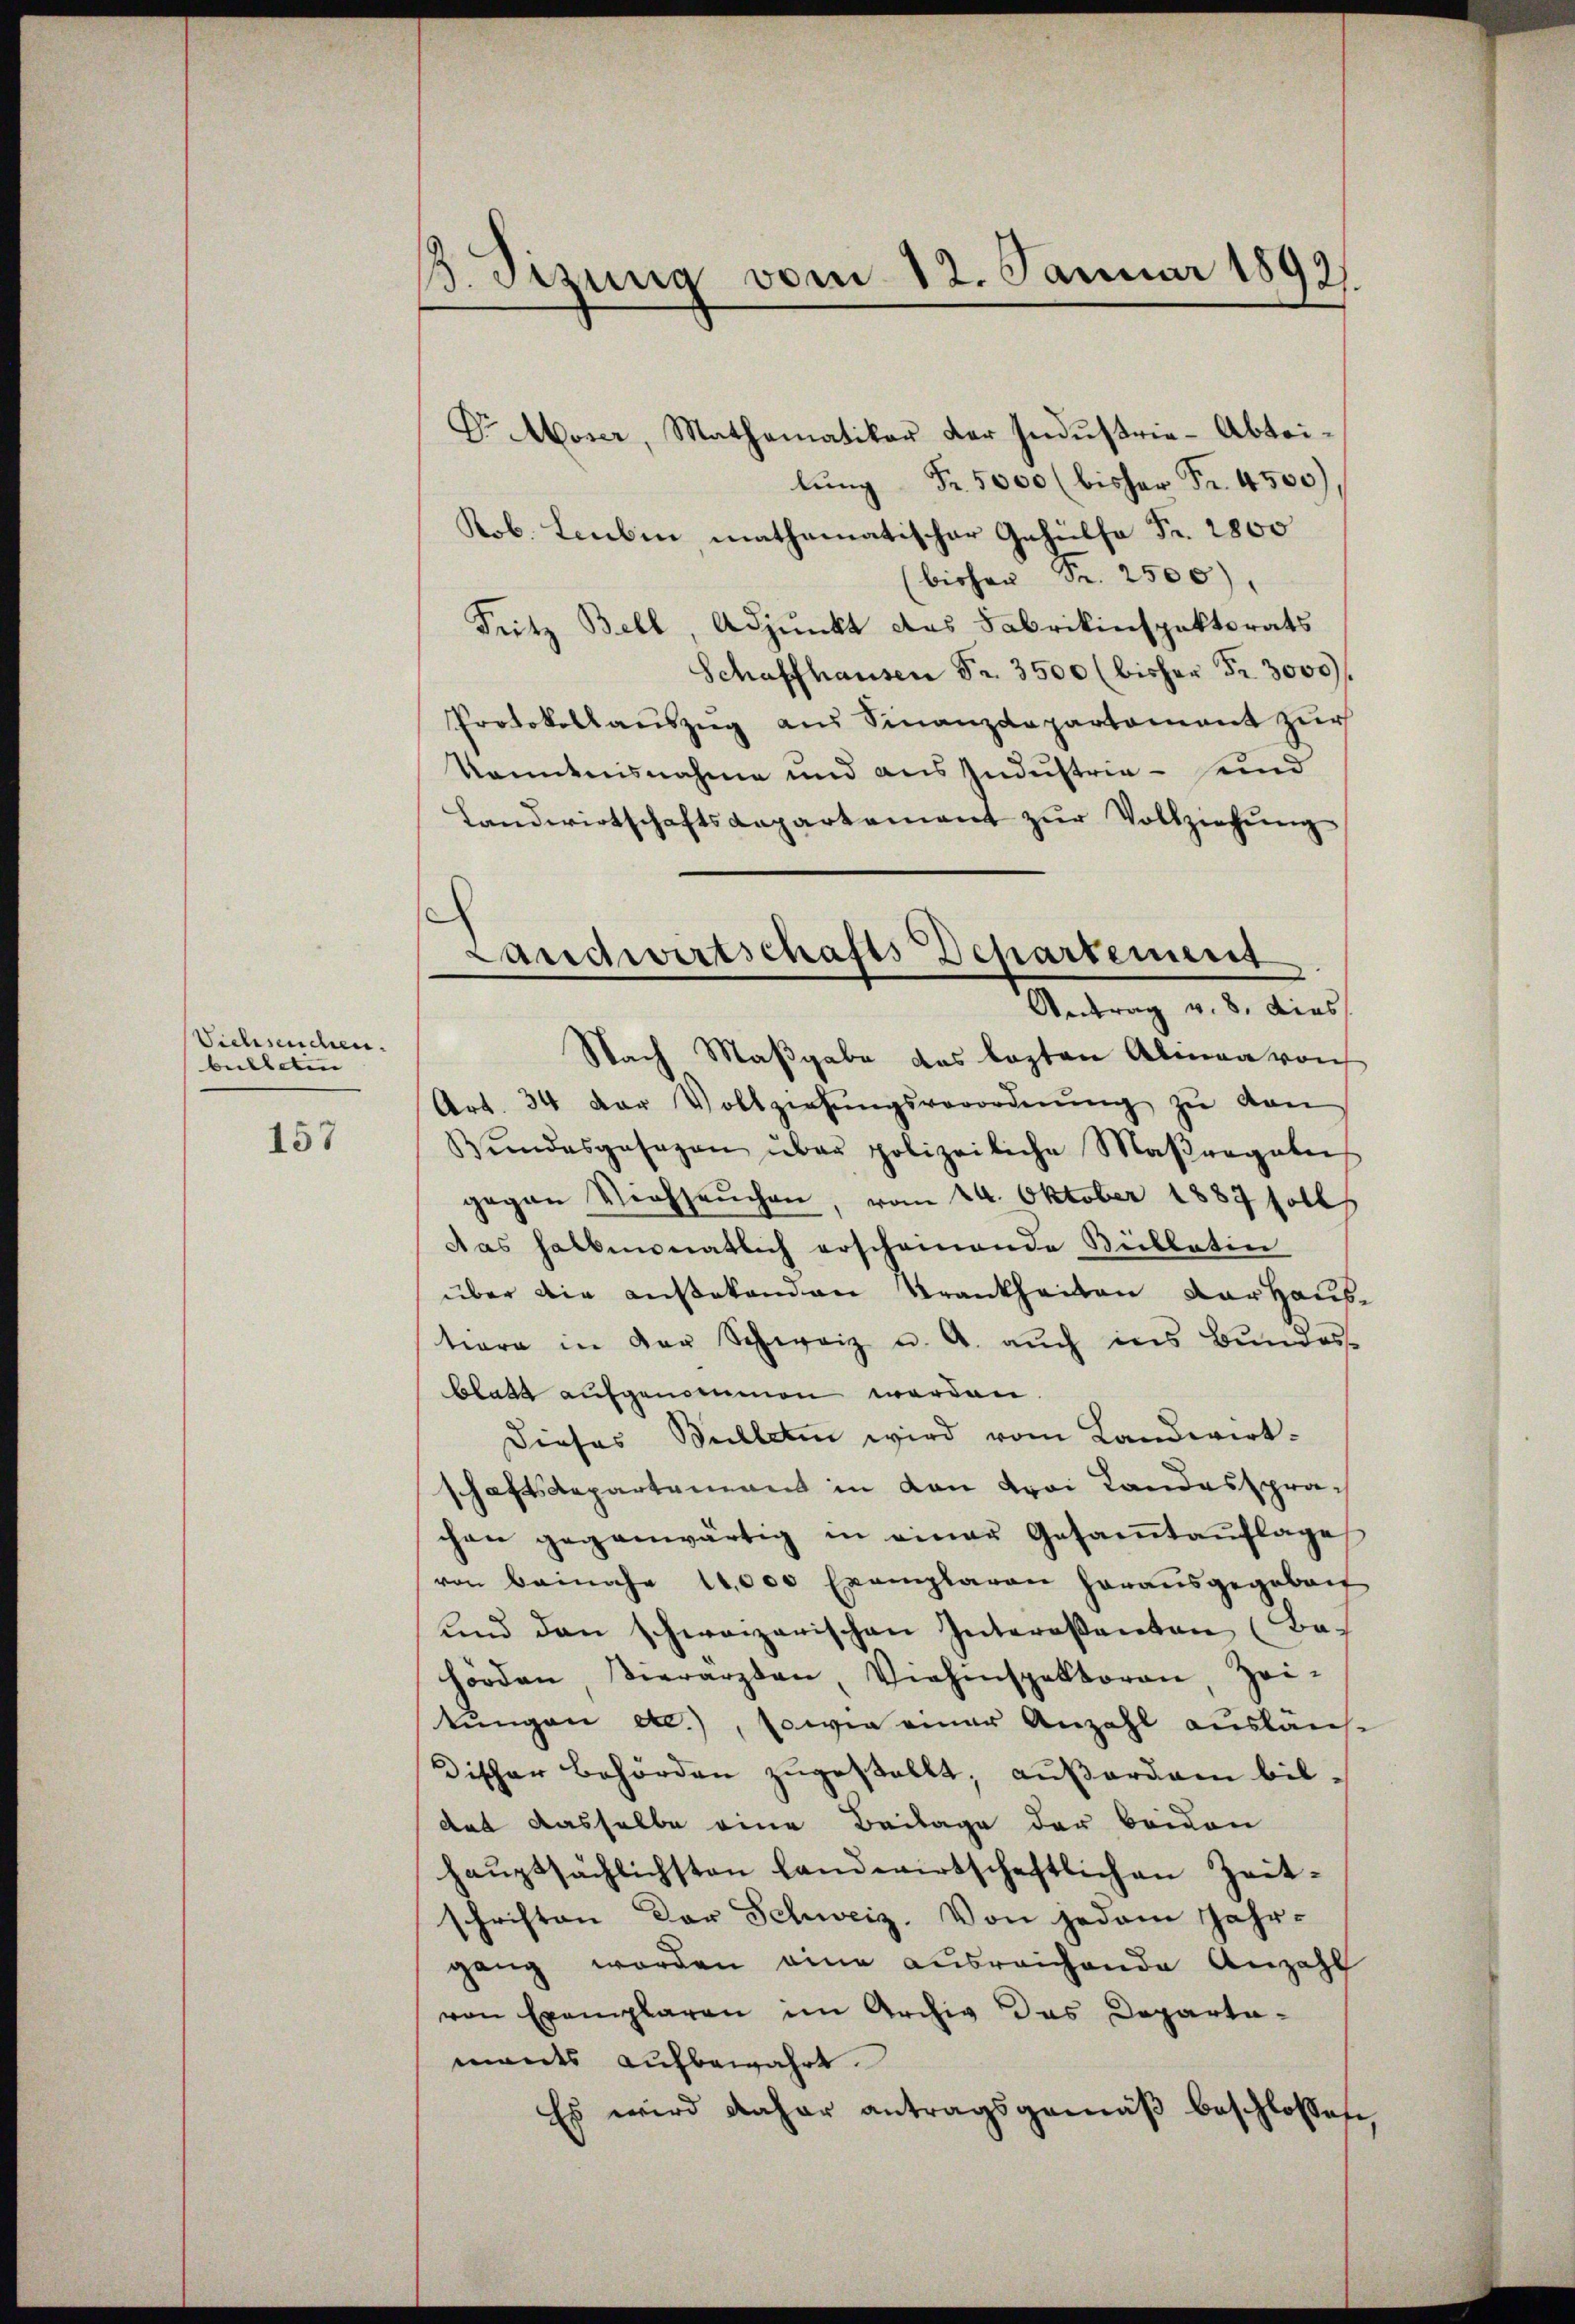
Viehseuchen.
bulleten

157

13. Sizung vom 12. Januar 1892.

Dr. Moser, Mathematiker der Industrie-Abteilung Fr. 5000 (bisher Fr. 4500)
Rob. Leubin mathematischer Gehülfe Fr. 2800
bichen Fr. 2500),
Fritz Bell, Adjunkt das Fabrikinspektorats
Schaffhausen Fr. 3500 (bisher Fr. 3000.
Protokollaŭszŭg aŭs Finanzdepartament zŭr
kanntnisnahme und aus Industria - seind
Landwirtschaftsaepartement zŭr Vollziehŭng
Nach Maßgabe das lezten Alman von
Art. 34 der Vollziehŭngsverordnŭng zŭ den
Bŭndesgesagen über polizeiliche Maβregale
gegen Viehseuchen, vom 24. Oktober 1887 soll
Das halbmonatlich erscheinende Sublatin
über die außekenden Krankheiten Darhaus-
tiore in der Schweiz u. A. aŭch ins Bŭndes-
blatt aufgenommen werden.
Dieses Bulleten wird vom Landwirtschaftsdepartement in von drei Landessprachen gegenwärtig in einer Gesaṁtaŭflage
von beinahe 18,000 Exemplaren herausgegeben
und den schweizerischen Intereßanten (Bas
hörden Vierarzten, Viehinspektoren, Zei-
tŭngen etc.), sowie einer Anzahl ausläuf-
discher Behörden zugestellt; außerdam bil,
dat dasselbe eine Beilage der beiden
haŭptsächlichsten landwirtschaftlichen Zeit-
schriften Dor Schweiz. Von jedem Jahr-
gang worden eine ausreichende Anzahl
von Exemplaren im Archiv das Departa-
mants aufbewahrt.
Es wird daher antragsgemäß beschlossen,

Landwirtschafts Departement
Antrag v. 8. dies